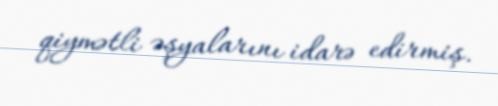
qiymətli əşyalarını idarə edirmiş.